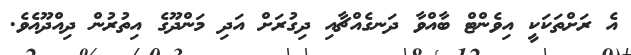
އެ ރަށްތަކަކީ އިވެންޓް ބާއްވާ ދަނގެއްޗާއި ދިގުރަށް އަދި މަންދޫގެ އިތުރުން ދިއްދޫއެވެ.